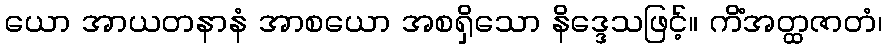
ယော အာယတနာနံ အာစယော အစရှိသော နိဒ္ဒေသဖြင့်။ ကိံအတ္ထဇာတံ၊